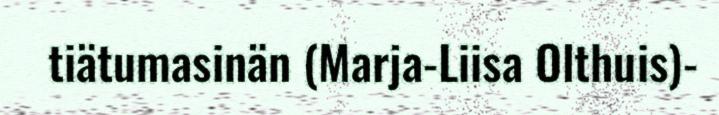
tiätumasinän (Marja-Liisa Olthuis)-